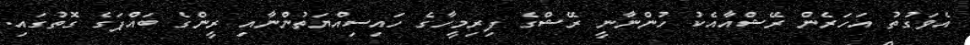
އެވަގުތު އަހަރެން ރޭޝްއާއެކު ހުންނާނީ ރޭޝްގެ ފިރިމީހާގެ ހައިސިއްޔަތުންނާއި ރީންގެ ބައްޕަގެ ގޮތުގައި.